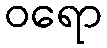
ဝရော